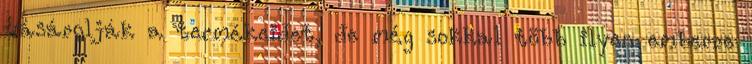
vásárolják a termékeidet, de még sokkal több ilyen emberre